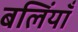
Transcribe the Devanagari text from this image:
बलिंयाँ